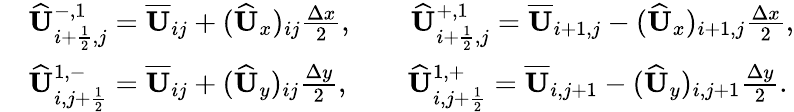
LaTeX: \begin{array}{rl}&{\widehat{\mathbf{U}}_{i+\frac{1}{2},j}^{-,1}=\overline{{\mathbf{U}}}_{ij}+(\widehat{\mathbf{U}}_{x})_{ij}\frac{\Delta x}{2},\qquad\widehat{\mathbf{U}}_{i+\frac{1}{2},j}^{+,1}=\overline{{\mathbf{U}}}_{i+1,j}-(\widehat{\mathbf{U}}_{x})_{i+1,j}\frac{\Delta x}{2},}\\ &{\widehat{\mathbf{U}}_{i,j+\frac{1}{2}}^{1,-}=\overline{{\mathbf{U}}}_{ij}+(\widehat{\mathbf{U}}_{y})_{ij}\frac{\Delta y}{2},\qquad\widehat{\mathbf{U}}_{i,j+\frac{1}{2}}^{1,+}=\overline{{\mathbf{U}}}_{i,j+1}-(\widehat{\mathbf{U}}_{y})_{i,j+1}\frac{\Delta y}{2}.}\end{array}